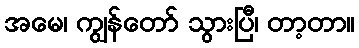
အမေ၊ ကျွန်တော် သွားပြီ၊ တာ့တာ။